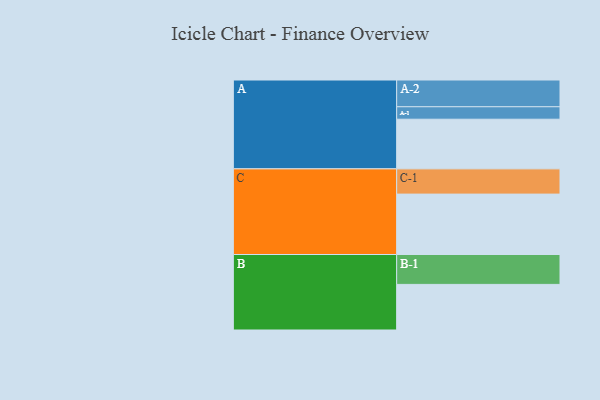
{"axis": {"x": "Segment", "y": "Value"}, "legend": ["", "A", "B", "C"], "data": [{"x": "A", "y": 490, "type": ""}, {"x": "B", "y": 450, "type": ""}, {"x": "C", "y": 596, "type": ""}, {"x": "A-1", "y": 123, "type": "A"}, {"x": "A-2", "y": 264, "type": "A"}, {"x": "B-1", "y": 295, "type": "B"}, {"x": "C-1", "y": 249, "type": "C"}]}